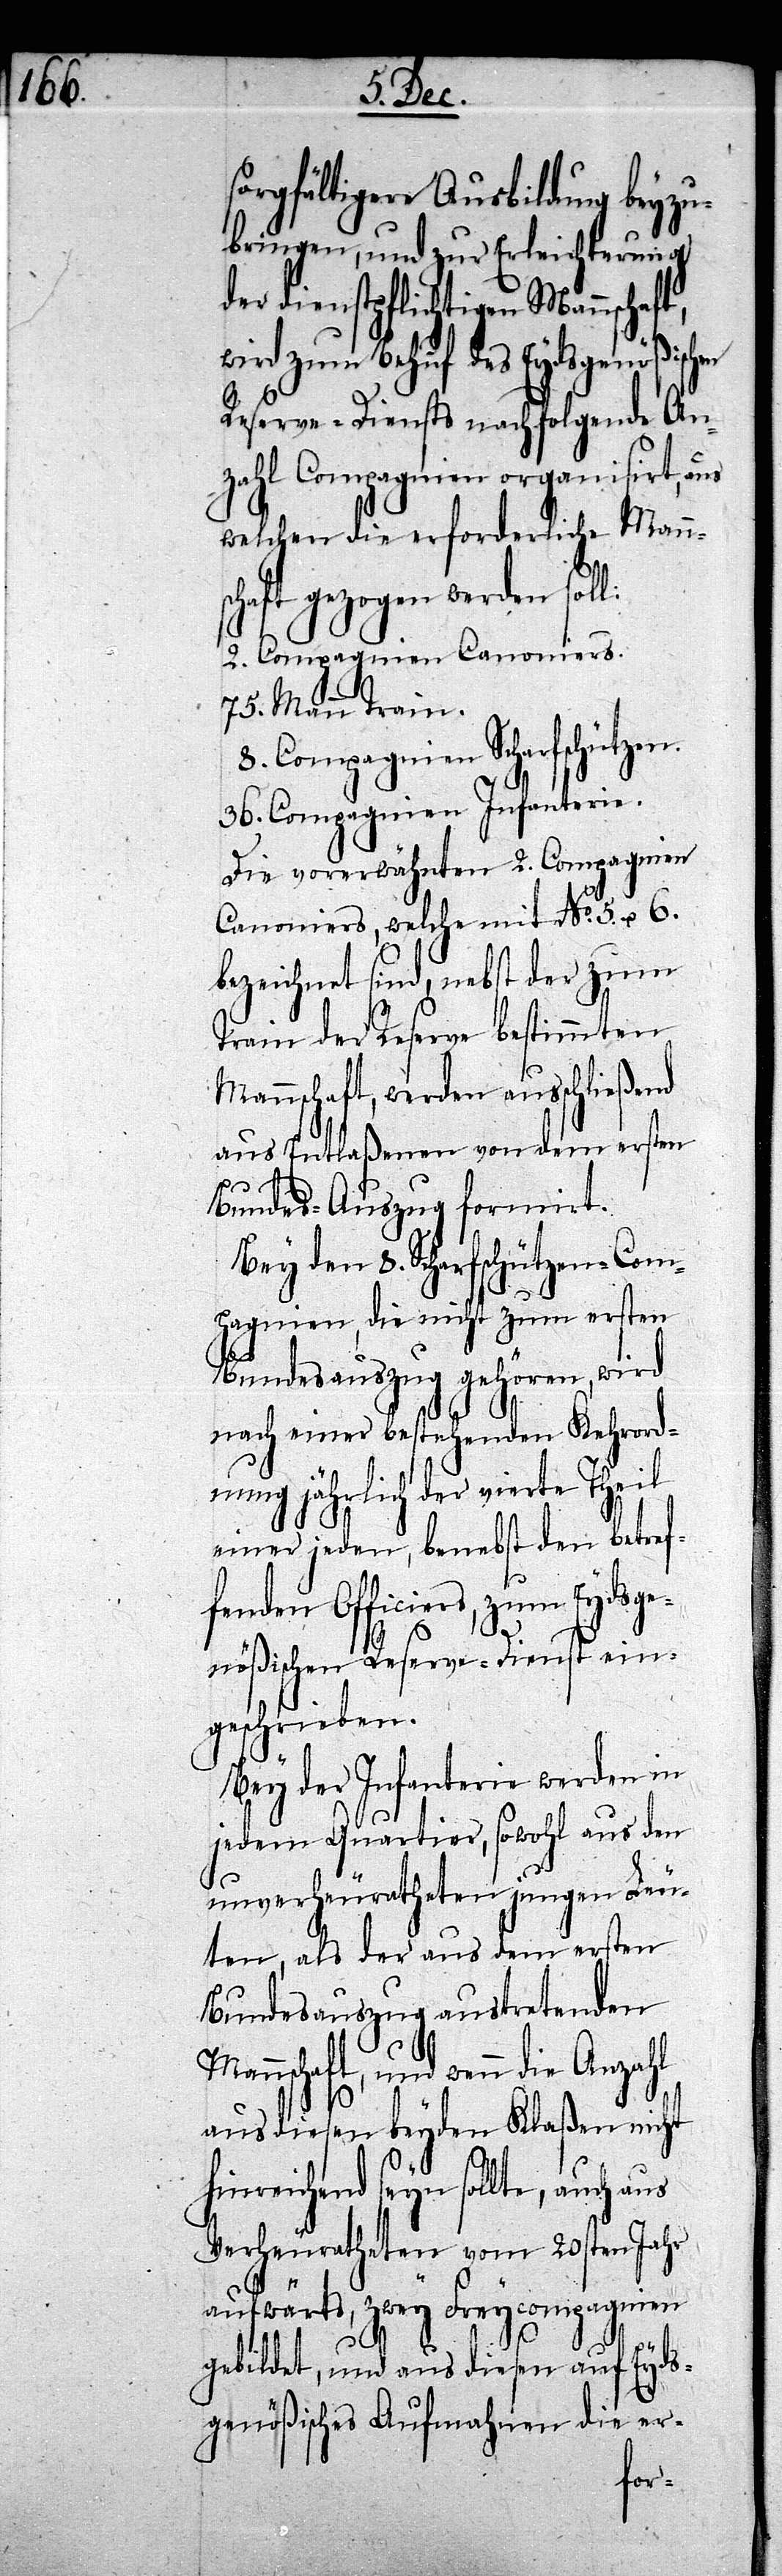
sorgfältigere Ausbildung beyzu¬
bringen, und zur Erleichterung
der dienstpflichtigen Mannschaft,
wird zum Behuf des Eydsgenößischen
Reserve-Diensts nachfolgende An¬
zahl Compagnien organisirt, aus
welchen die erforderliche Mann¬
schaft gezogen werden soll:
2. Compagnien Canoniers.
75. Mann Train.
8. Compagnien Scharfschützen.
36. Compagnien Infanterie.
Die vorerwähnten 2. Compagnien
Canoniers, welche mit No. 5. u. 6.
bezeichnet sind, nebst der zum
Train der Reserve bestimmten
Mannschaft, werden ausschließend
aus Entlaßenen von dem ersten
Bundes-Auszug formirt.
Bey den 8. Scharfschützen-Com¬
pagnien, die nicht zum ersten
Bundesauszug gehören, wird
nach einer bestehenden Kehrord¬
nung jährlich der vierte Theil
einer jeden, benebst den betref¬
fenden Officiers, zum Eydsge¬
nößischen Reserve-Dienst ein¬
geschrieben.
Bey der Infanterie werden in
jedem Quartier, sowohl aus den
unverheuratheten jungen Leu¬
ten, als der aus dem ersten
Bundesauszug austretenden
Mannschaft, und wenn die Anzahl
aus diesen beyden Klaßen nicht
hinreichend seyn sollte, auch aus
Verheuratheten vom 20sten Jahr
aufwärts, zwey Freycompagnien
gebildet, und aus diesen auf Eyds¬
genößisches Aufmahnen die er-